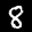
Label: 8